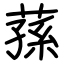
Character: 蓀